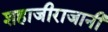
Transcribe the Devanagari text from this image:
शहाजीराजानी